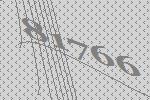
81766